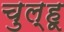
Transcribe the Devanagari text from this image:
चुल्हू